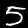
Label: 5